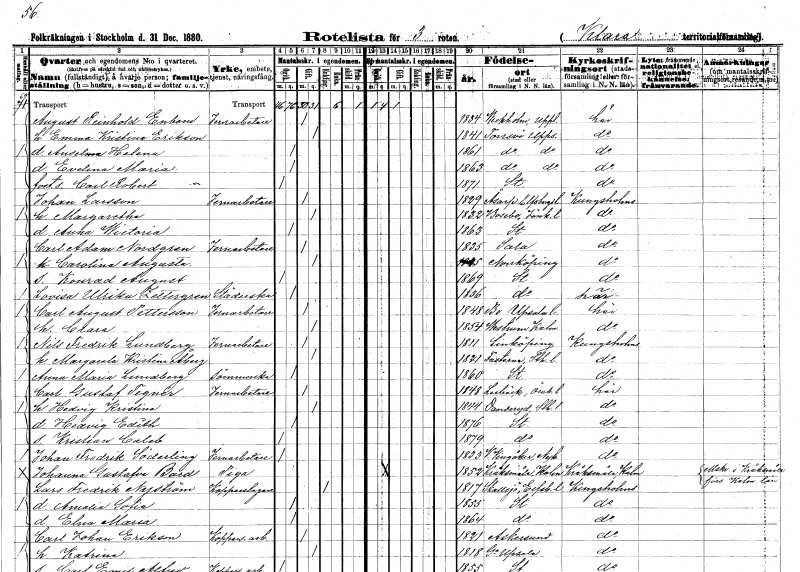
gt_parse: households: individuals: FN: August Reinhold
EN: Enbom
YRKE: Järnarbetare
KON: M
CIV: G
FODAR: 1834
FODFORS: Veckholm Uppsala län
FN: Emma Kristina
EN: Erikson
KON: K
CIV: G
FODAR: 1841
FODFORS: Torsvi Uppsala län
FN: Anselma Helena
KON: K
CIV: O
FODAR: 1861
FODFORS: Torsvi Uppsala län
FN: Evelina Maria
KON: K
CIV: O
FODAR: 1863
FODFORS: Torsvi Uppsala län
FN: Carl Robert
KON: M
CIV: O
FODAR: 1871
FODFORS: Stockholm
FN: Johan
EN: Larsson
YRKE: Järnarbetare
KON: M
CIV: G
FODAR: 1829
FODFORS: Åsarp Älvsborgs län
FN: Margaretha
KON: K
CIV: G
FODAR: 1832
FODFORS: Bosebo Jönköpings län
FN: Anna Wictoria
KON: K
CIV: O
FODAR: 1863
FODFORS: Stockholm
FN: Carl Adam
EN: Nordgren
YRKE: Järnarbetare
KON: M
CIV: G
FODAR: 1835
FODFORS: Sala Västmanlands län
FN: Carolina Augusta
KON: K
CIV: G
FODAR: 1835
FODFORS: Norrköping Östergötlands län
FN: Konrad August
KON: M
CIV: O
FODAR: 1869
FODFORS: Stockholm
FN: Lovisa Ulrika
EN: Zettergren
YRKE: Städerska
KON: K
CIV: O
FODAR: 1836
FODFORS: Stockholm
FN: Carl August
EN: Pettersson
YRKE: Järnarbetare
KON: M
CIV: G
FODAR: 1848
FODFORS: Bo Stockholms län
FN: Clara
KON: K
CIV: G
FODAR: 1854
FODFORS: Västrum Kalmar län
FN: Nils Fredrik
EN: Lundberg
YRKE: Järnarbetare
KON: M
CIV: G
FODAR: 1811
FODFORS: Linköping Östergötlands län
FN: Margareta Kristina
EN: Åberg
KON: K
CIV: G
FODAR: 1821
FODFORS: Fasterna Stockholms län
FN: Anna Maria
EN: Lundberg
YRKE: Sömmerska
KON: K
CIV: O
FODAR: 1860
FODFORS: Stockholm
FN: Carl Gustaf
EN: Tegnér
YRKE: Järnarbetare
KON: M
CIV: G
FODAR: 1848
FODFORS: Lerbäck Örebro län
FN: Hedvig Kristina
KON: K
CIV: G
FODAR: 1844
FODFORS: Danderyd Stockholms län
FN: Hedvig Edith
KON: K
CIV: O
FODAR: 1876
FODFORS: Stockholm
FN: Christian Caleb
KON: M
CIV: O
FODAR: 1879
FODFORS: Stockholm
FN: Johan Fredrik
EN: Söderling
YRKE: Järnarbetare
KON: M
CIV: O
FODAR: 1833
FODFORS: Västra Vingåker Södermanlands län
FN: Johanna Gustafva
EN: Bard
KON: K
CIV: O
FODAR: 1852
FODFORS: Kråksmåla Kalmar län
FN: Lars Fredrik
EN: Nyström
YRKE: Kopparslagare
KON: M
CIV: E
FODAR: 1817
FODFORS: Skallsjö Älvsborgs län
FN: Amalia Sofia
KON: K
CIV: O
FODAR: 1855
FODFORS: Stockholm
FN: Elna Maria
KON: K
CIV: O
FODAR: 1864
FODFORS: Stockholm
FN: Carl Johan
EN: Erikson
YRKE: Kopparslageriarbetare
KON: M
CIV: G
FODAR: 1821
FODFORS: Askersund Örebro län
FN: Katrina
KON: K
CIV: G
FODAR: 1818
FODFORS: Gamla Uppsala Uppsala län